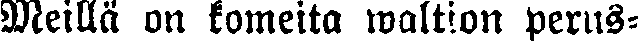
Meillä on komeita waltion perus-